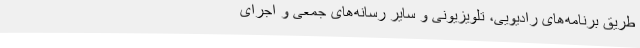
طریق برنامه‌های رادیویی، تلویزیونی و سایر رسانه‌های جمعی و اجرای